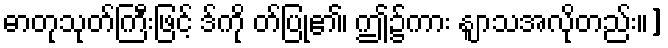
ဓာတုသုတ်ကြီးဖြင့် ဒ်ကို တ်ပြု၏၊ ဤ၌ကား နျာသအလိုတည်း။]